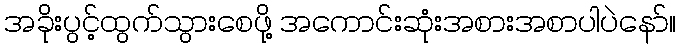
အခိုးပွင့်ထွက်သွားစေဖို့ အကောင်းဆုံးအစားအစာပါပဲနော်။